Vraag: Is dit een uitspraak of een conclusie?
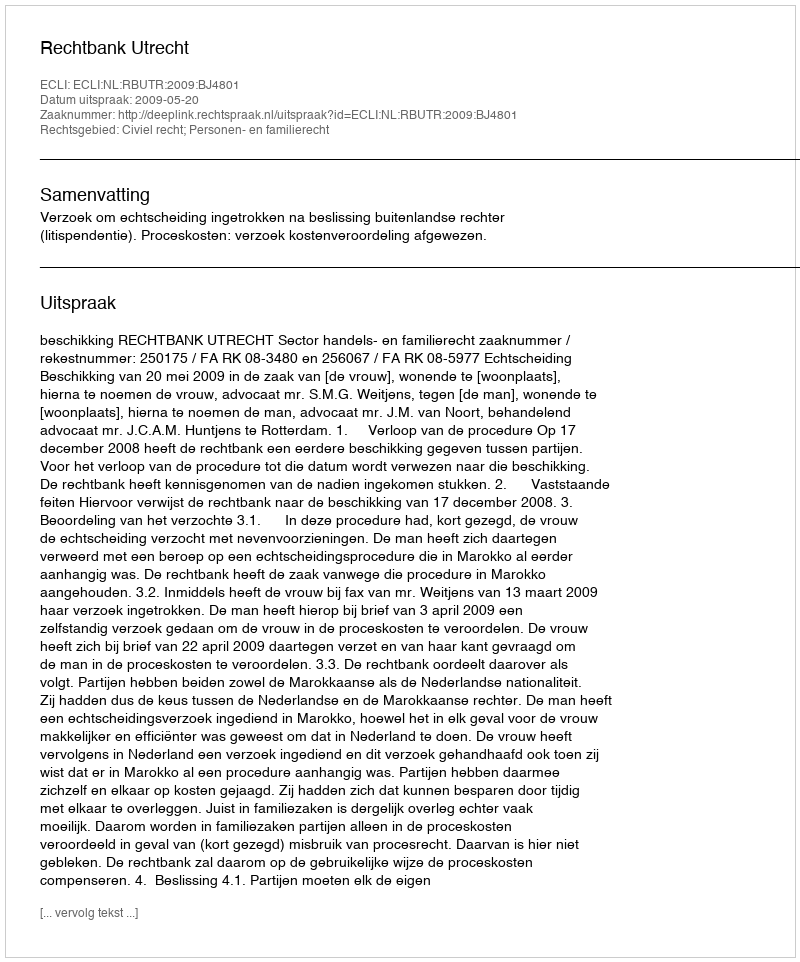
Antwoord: Uitspraak